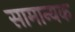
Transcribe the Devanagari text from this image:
सामान्यक